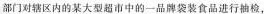
部门对辖区内的某大型超市中的一品牌袋装食品进行抽检，